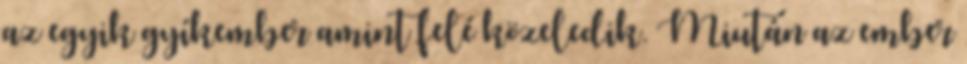
az egyik gyíkember amint felé közeledik. Miután az ember